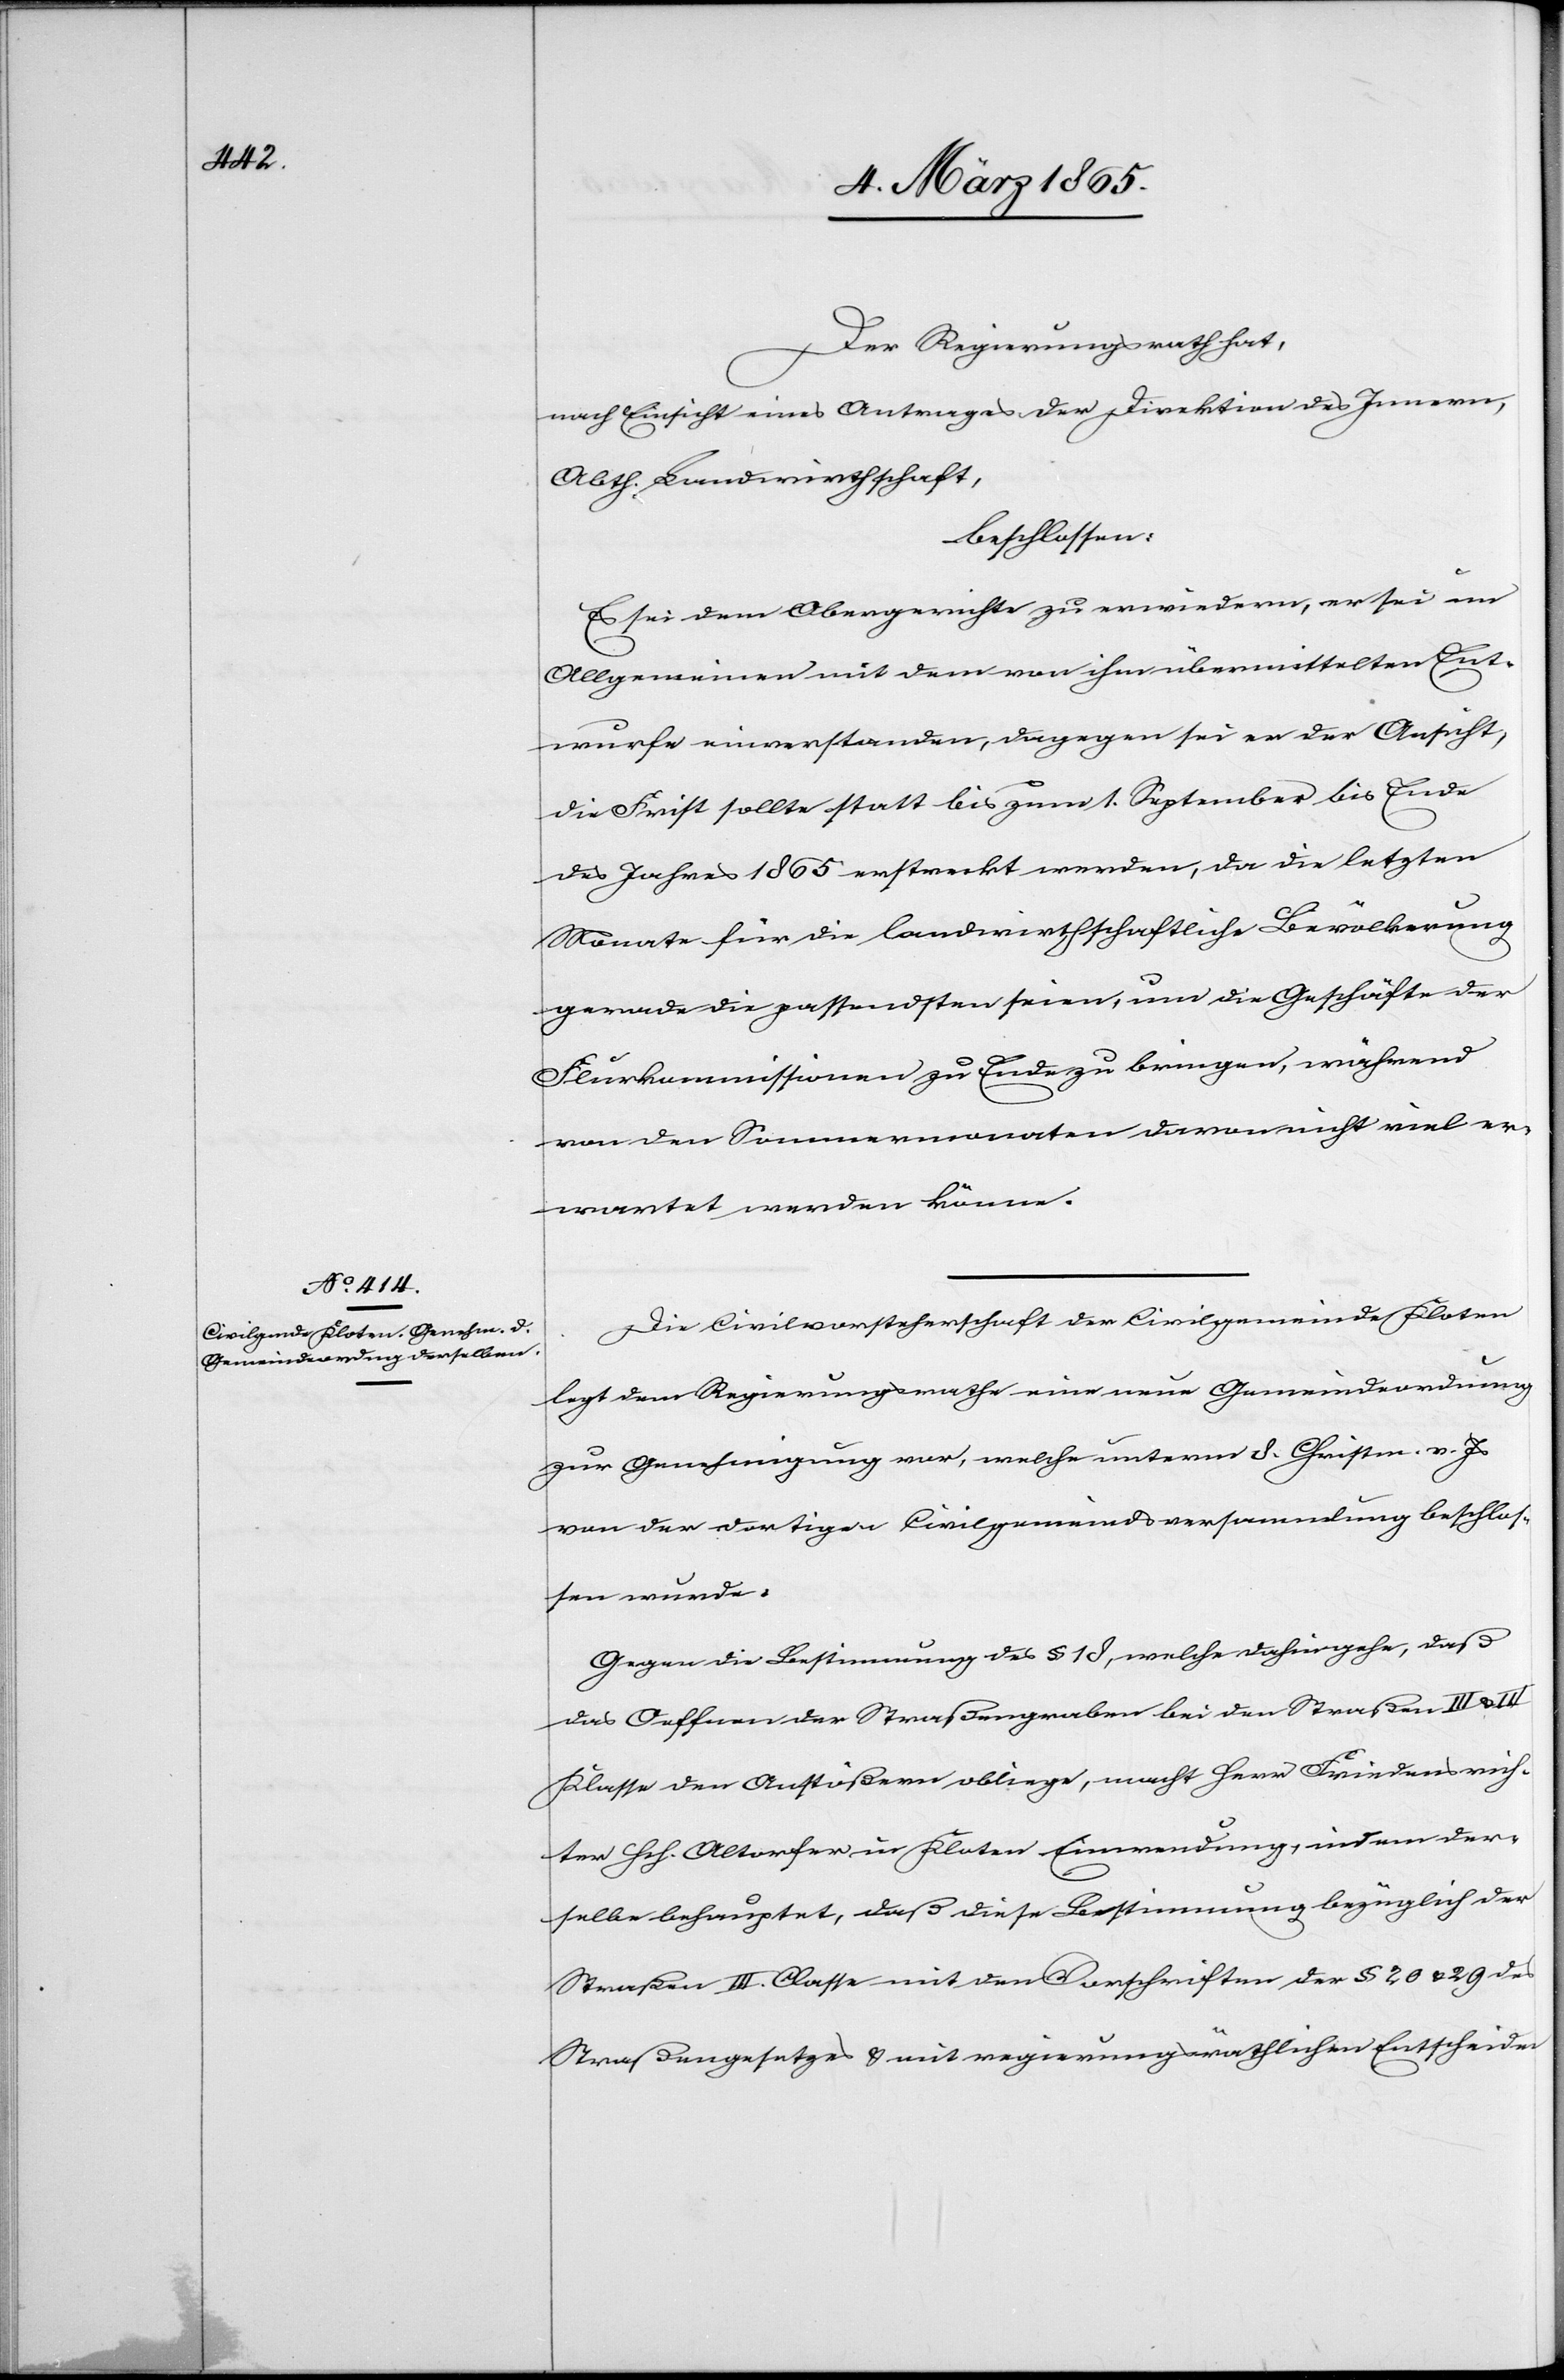
Der Regierungsrath hat,
nach Einsicht eines Antrages der Direktion des Innern,
Abth. Landwirthschaft,
beschlossen:
Es sei dem Obergerichte zu erwiedern, er sei im
Allgemeinen mit dem von ihm übermittelten Ent¬
wurfe einverstanden, dagegen sei er der Ansicht,
die Frist sollte statt bis zum 1. September bis Ende
des Jahres 1865 erstreckt werden, da die letzten
Monate für die landwirthschaftliche Bevölkerung
gerade die passendsten seien, um die Geschäfte der
Flurkommissionen zu Ende zu bringen, während
von den Sommermonaten davon nicht viel er¬
wartet werden könne.
Die Civilvorsteherschaft der Civilgemeinde Kloten
legt dem Regierungsrathe eine neue Gemeindeordnung
zur Genehmigung vor, welche unterm 8. Christm. v. Js
von der dortigen Civilgemeindsversammlung beschlos¬
sen wurde.
Gegen die Bestimmung des § 18, welche dahin gehe, daß
das Oeffnen der Straßengraben bei den Straßen III
Klasse den Anstößern obliege, macht Herr Friedensrich¬
ter Hch. Altorfer in Kloten Einwendung, indem der¬
selbe behauptet, daß diese Bestimmung bezüglich der
Straßen III. Classe mit den Vorschriften der § 20 u. 29 des
Straßengesetzes u. mit regierungsräthlichen Entscheiden